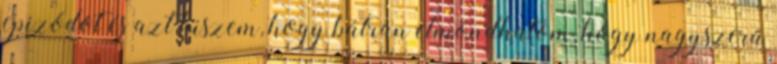
epizódot és azt hiszem, hogy bátran elmondhatom, hogy nagyszerű